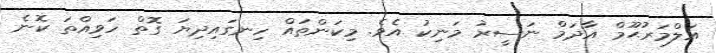
އަލްމަރުޙޫމް އާދަމް ނަސީރު މަނިކު އެވެ. މިކަންތައް ހިނގައިދިޔަ ގޮތް ހަވިއްތަ ކޮނެ